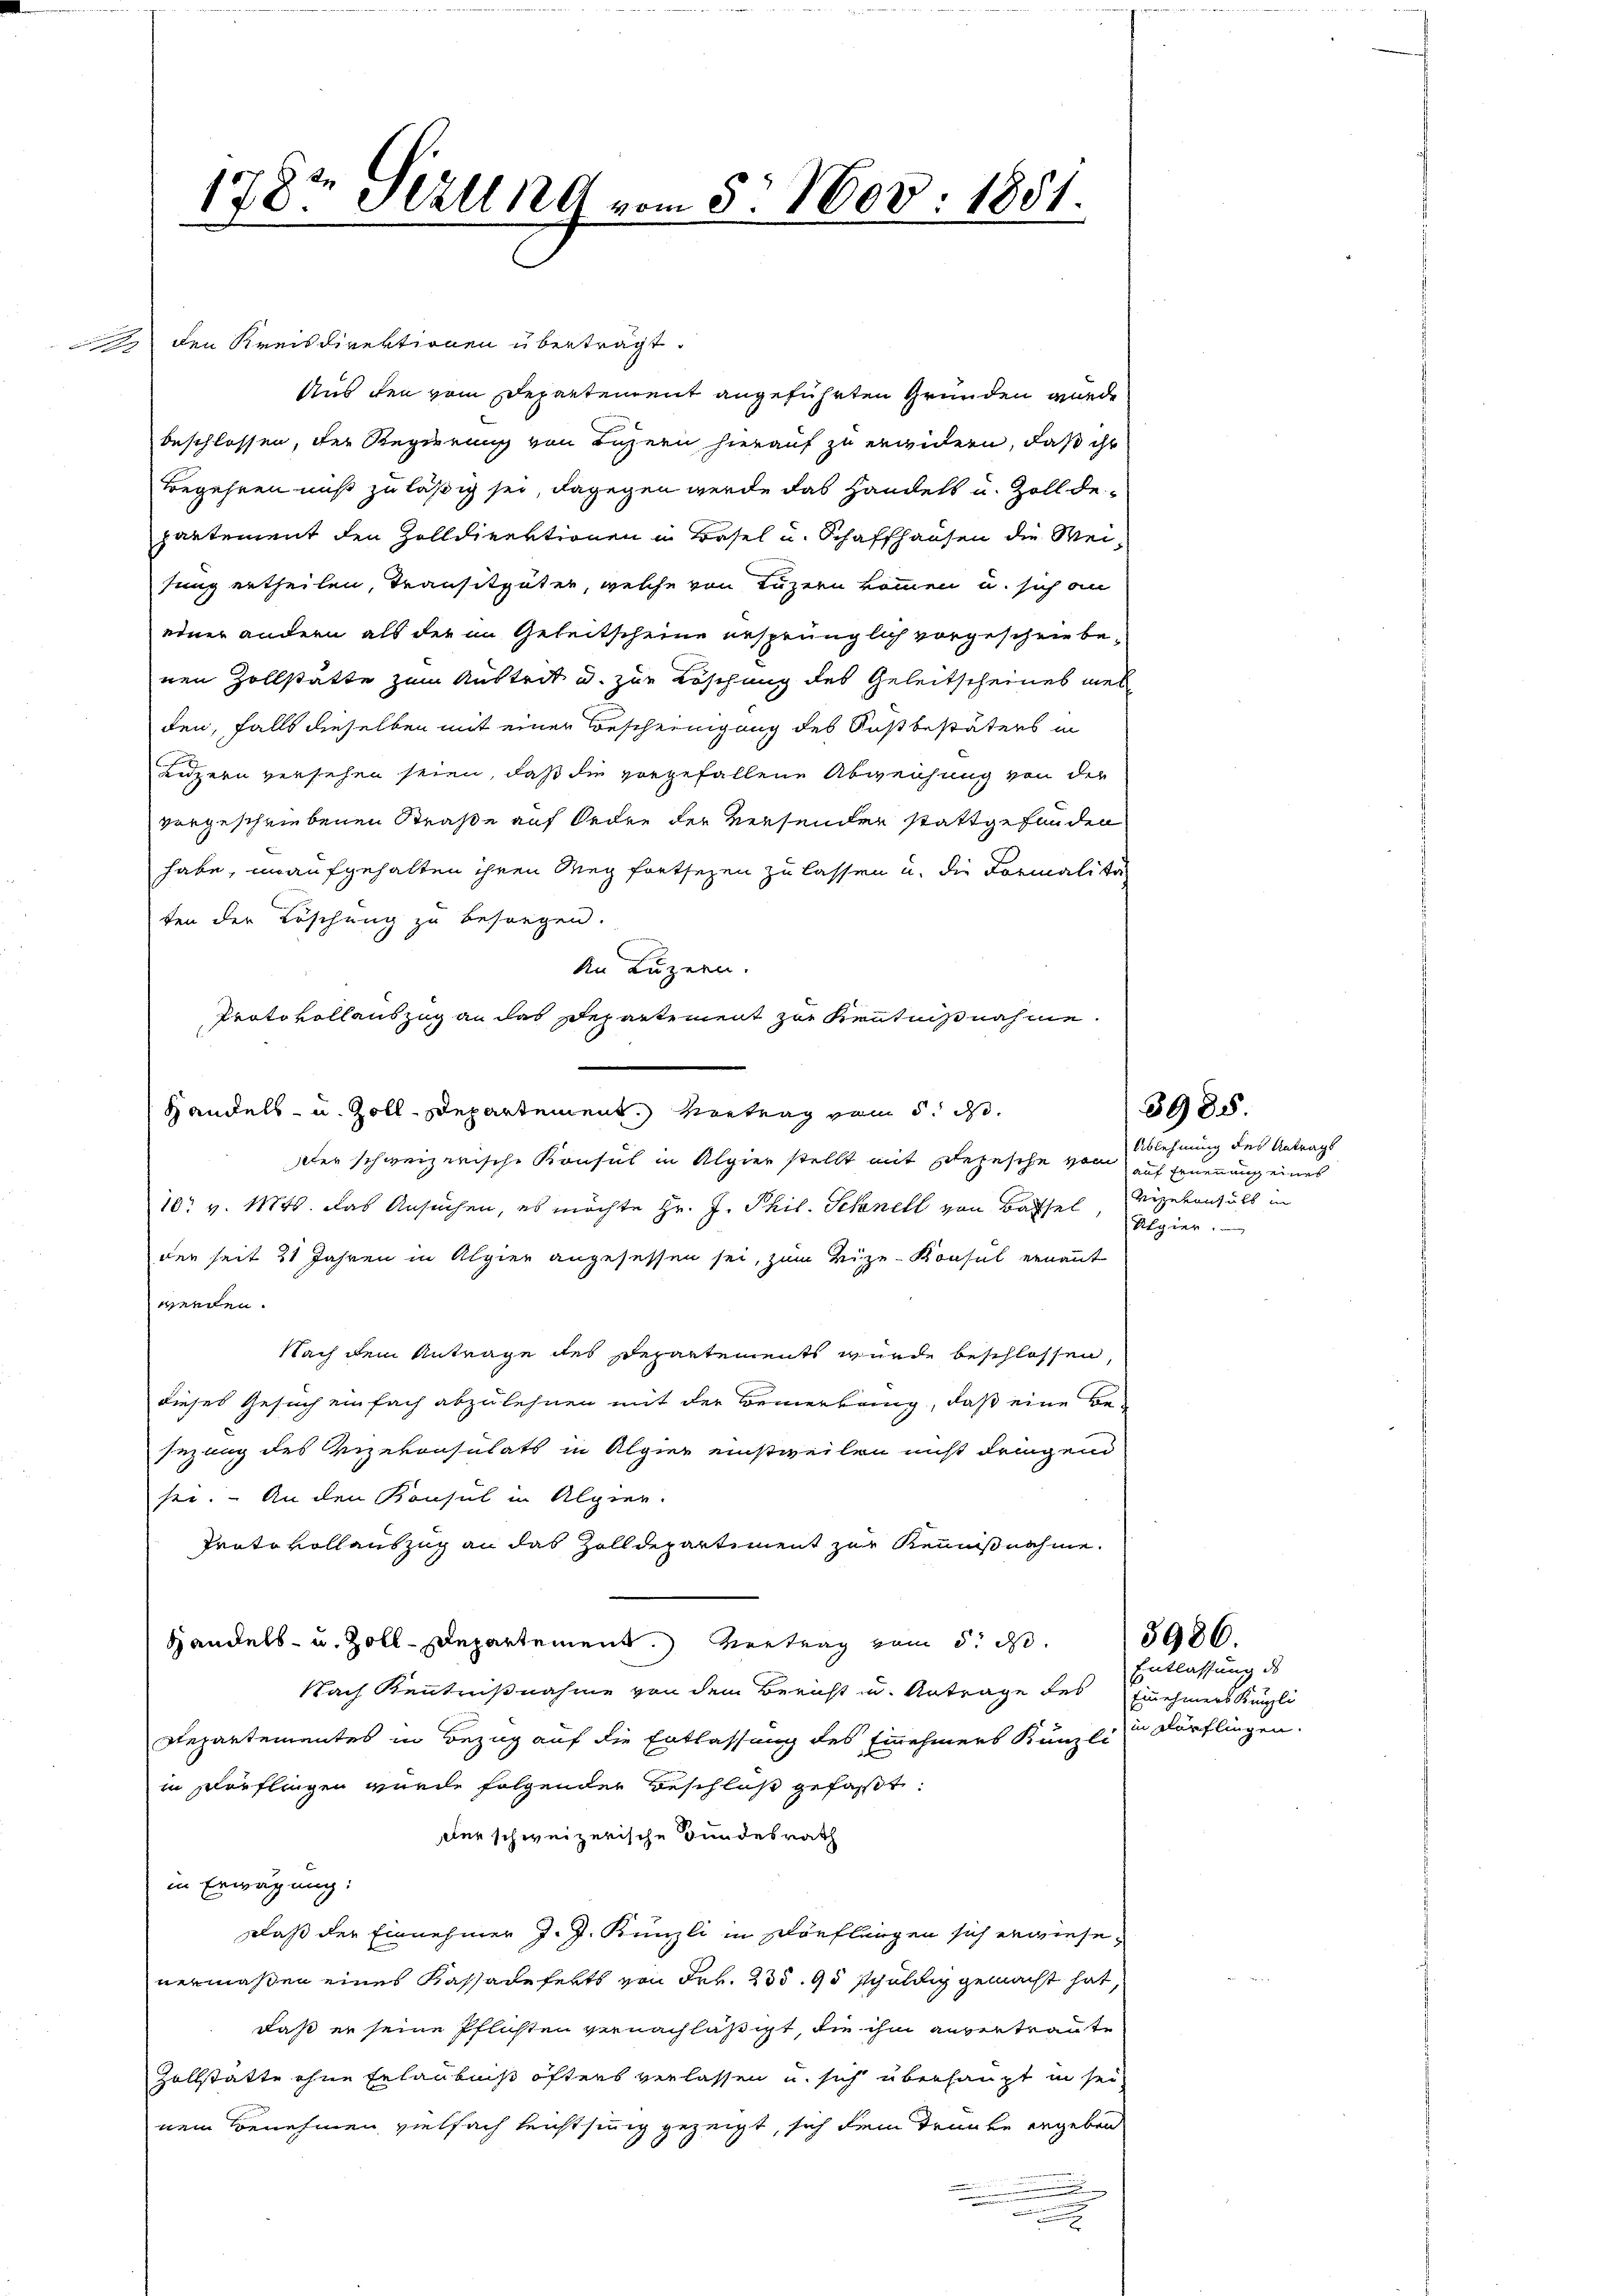
x
178. Still 189 vom 5. Nov. 1881.

den Kreisdirektionen überträgt.
Aus den vom Departement angeführten Gründen wurde
beschlossen, der Regierung von Luzern hierauf zu erwidern, daß ihr
Begehren muß zuläßig sei, dagegen werde das Handelt u. Zoll departement den Zolldirektionen in Basel u. Schaffhausen die Meisung ertheilen, Transitgüter, welche von Luzern kommen u. sich an
edner andern als der im Geleitscheine ursprünglich vorgeschriebenen Zollstätte zum Austrit u. zur Löschung des Geleitscheines meh
den, falls dieselben mit einer Bescheinigung des Fuß bestäters in
Luzern versehen seien, daß die vorgefallene Abweichung von der
vorgeschriebenen Straße auf Orden der Versender stattgefunden
habe, unaufgehalten ihren Weg fortsezen zu lassen u. die Formalitäten der Löschung zu besorgen.
der schweizerische Konsul in Alpier stellt mit Depesche von auf Ernennung eines
10 v. 1874. Das Ansuchen, es möchte Hr. J. Phil. Schnell von Basel, Papier.
der seit 21 Jahren in Alpier angesessen sei, zum Vize-Konsul ernannt
werden.
Nach dem Antrage des Departements wurde beschlossen,
dieses Gesuch einfach abzulehnen mit der Bemerkung, daß eine Be-
sezung des Vizekonsulats in Algier einstweilen nicht dringen
see. – An den Konsul in Alpier.
Trato vollauszug an das Zolldepartiment zur Reinißnahme.
Handels- u. Zoll-Departement. Vertrag vom 5. ds.
Nach Kenntnißnahme von dem Bericht in Antrage des Einehmers Künzli
Repartementes in Bezug auf die Entlassung des Einehmers Künzli in Dörflingen.
in verflingen wurde folgender Beschluß gefaßt:
der schweizerische Bundesrath
in Erwägung:
Dlaß der Einnehmer J. J. Künzli in Dörflungen sich erwiesevermaßen eines Kassadeferts von Frk. 235. 95 schuldig gemacht hat,
daß er seine Pflichten vernachläßigt, die ihm anvertraute
Zollstätte ohne Erlaubniß öfters verlassen u. sich überhaupt in sei
nem Benehmen vielfach leichtsing gezeigt, sich dem Trunke ergeben
.
.

An Luzern.
Protokollauszug an das Departement zur Kentnißnahme.
Handels- u. Zoll-Departement. Vertrag vom 5. d.

Ablehnung des Antrags
vizekonsuls in

3985.

3986.

Entlassung de